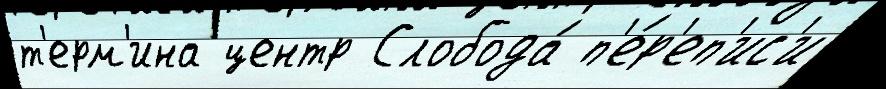
т'ерм'ина центр Слобода́ п'е́р'еп'ис'и